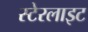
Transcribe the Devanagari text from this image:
स्टेरलाइट